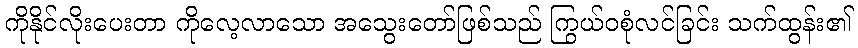
ကိုနိုင်လိုးပေးတာ ကိုလေ့လာသော အသွေးတော်ဖြစ်သည် ကြွယ်ဝစုံလင်ခြင်း သက်ထွန်း၏